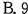
B.9